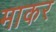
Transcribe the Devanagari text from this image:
माकर